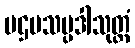
ပဌမသမ္ပဒါသုတ္တံ